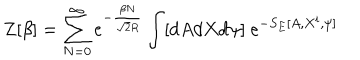
Z [ \beta ] = \sum _ { N = 0 } ^ { \infty } e ^ { - \frac { \beta N } { \sqrt { 2 } R } } \int [ d A d X d \psi ] ~ e ^ { - S _ { E } [ A , X ^ { i } , \psi ] }